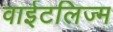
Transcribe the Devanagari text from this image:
वाईटलिज्म